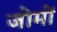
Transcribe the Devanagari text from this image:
जोमों